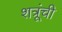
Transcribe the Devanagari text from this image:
शत्रूंची